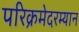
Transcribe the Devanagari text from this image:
परिक्रमेदरम्यान